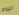
اليوم